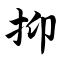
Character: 抑